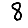
Digit: 8